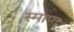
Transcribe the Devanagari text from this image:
स्माप्त